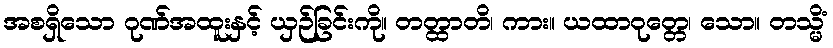
အစရှိသော ဂုဏ်အထူးနှင့် ယှဉ်ခြင်းကို။ တတ္ထာတိ၊ ကား။ ယထာဝုတ္တေ၊ သော။ တသ္မိံ